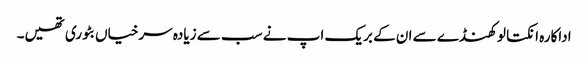
اداکارہ انکتا لوکھنڈے سے ان کے بریک اپ نے سب سے زیادہ سرخیاں بٹوری تھیں۔